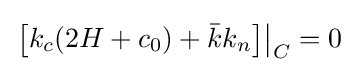
\left.\left[k_{c}(2H+c_{0})+{\bar {k}}k_{n}\right]\right\vert _{C}=0